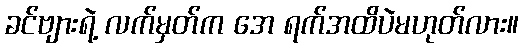
ခင်ဗျားရဲ့ လက်မှတ်က အေ ရက်အထိပဲမဟုတ်လား။